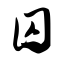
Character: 囚